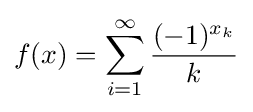
f(x)=\sum \limits _{i=1}^{\infty }{\frac {(-1)^{x_{k}}}{k}}